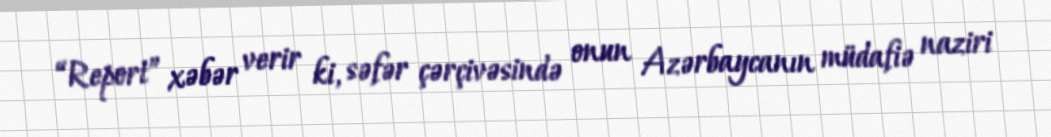
“Report” xəbər verir ki, səfər çərçivəsində onun Azərbaycanın müdafiə naziri